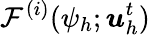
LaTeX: \mathcal{F}^{(i)}(\psi_{h};\boldsymbol{u}_{h}^{t})